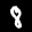
Label: 8